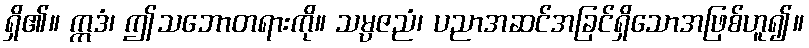
ရှိ၏။ ဣဒံ၊ ဤသဘောတရားကို။ သမ္ပဇညံ၊ ပညာအဆင်အခြင်ရှိသောအဖြစ်ဟူ၍။